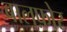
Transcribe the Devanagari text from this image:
बालफ़ोर